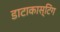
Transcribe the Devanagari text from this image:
डाटाकास्टिंग